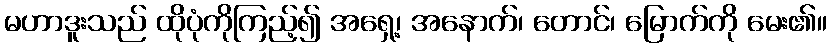
မဟာဒူးသည် ထိုပုံကိုကြည့်၍ အရှေ့၊ အနောက်၊ တောင်၊ မြောက်ကို မေး၏။